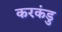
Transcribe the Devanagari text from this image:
करकंडु